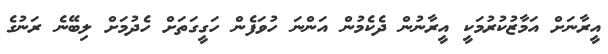
އީރާނަށް އަމާޒުކުރުމަކީ އީރާނުން ދެކެމުން އަންނަ ހުވަފެން ހަގީގަތަށް ހެދުމަށް ލިބޭނެ ރަނުގެ